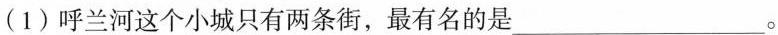
(1)呼兰河这个小城只有两条街，最有名的是___。